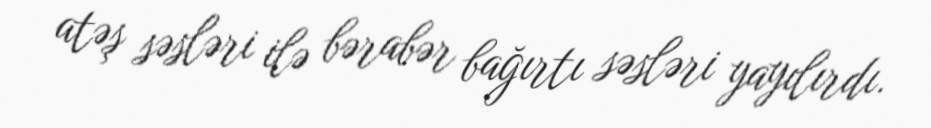
atəş səsləri ilə bərabər bağırtı səsləri yayılırdı.